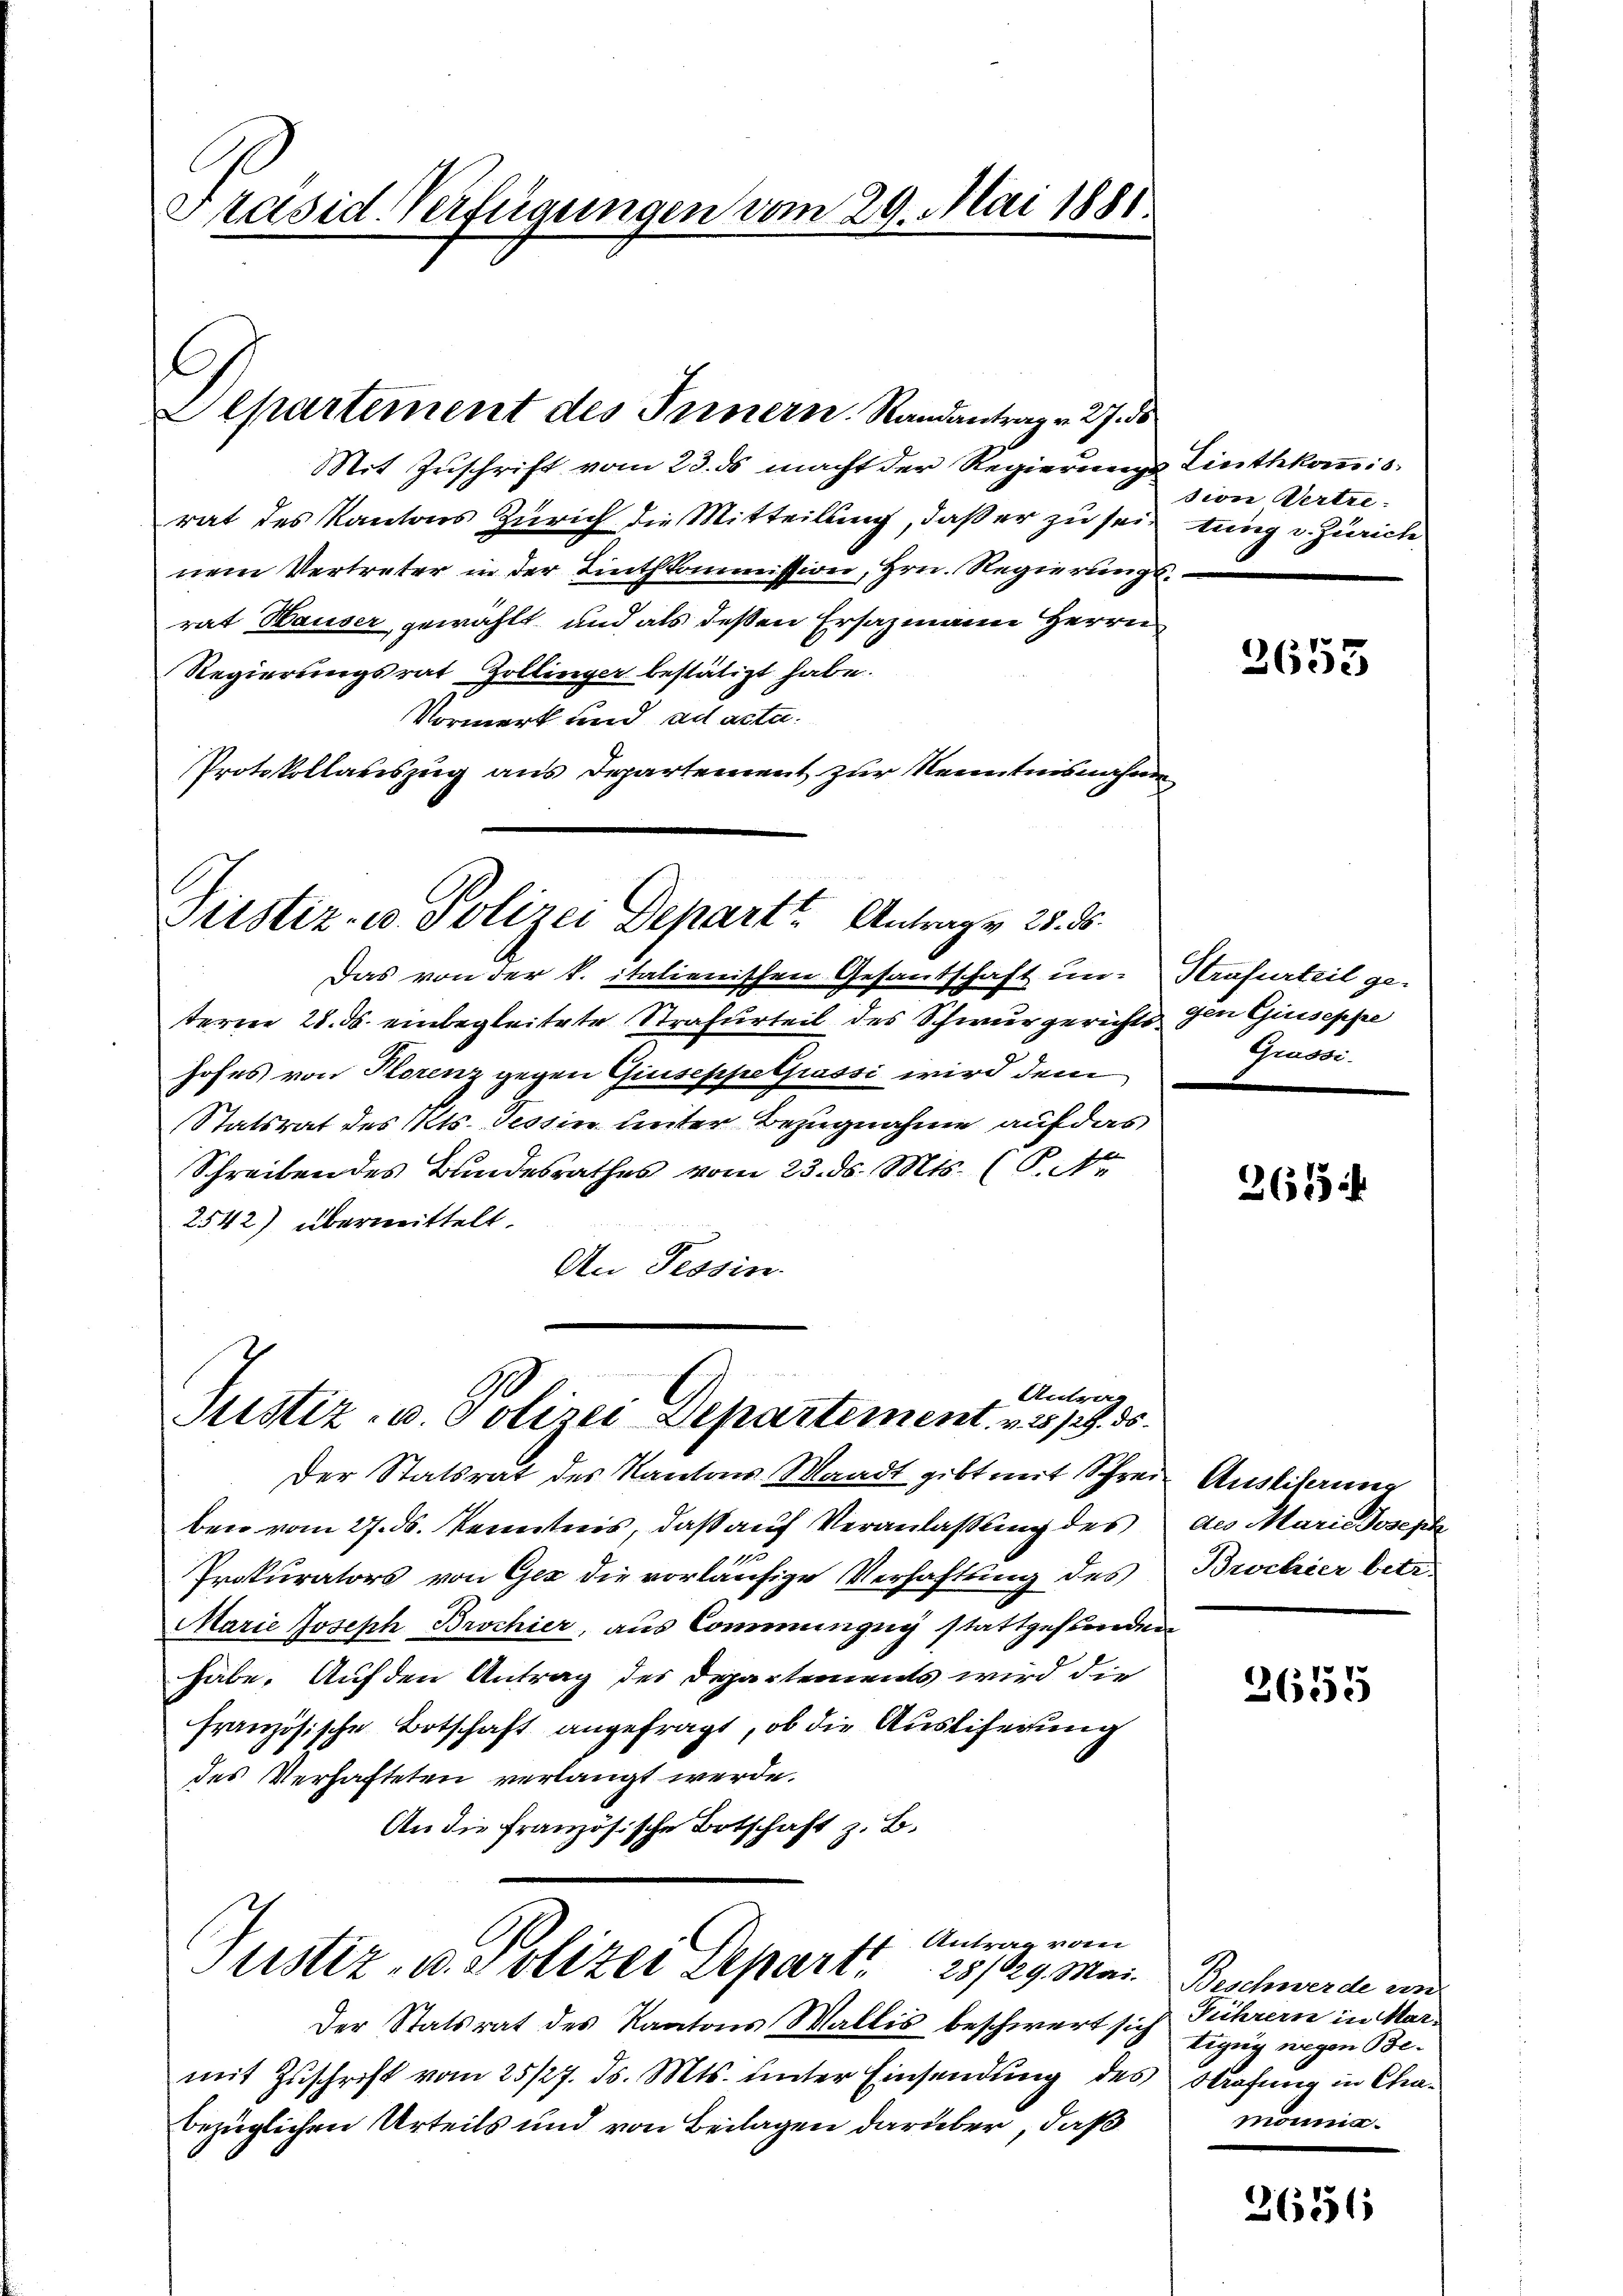
Präsid. Verfügungen vom 29. Mai 1881.

l
Departement des Innern. Randantrag v. 27. ds

it Zuschrift vom 23. ds macht der Regierungs Linthkommisrat des Kantons Zürich die Mitteilung, daß er zu sein tung v. Zürich
nem Vertreter in der Linthkommission, Hrn. Regierungsrat Hauser gewählt und als deßen Ersazmann Herrn
Regierungsrat Zollinger bestätigt habe.
Vormerk und ad acta.
Protokollauszug aus Departement zur Kenntnisnahme

Das von der k. italienischen Gesandschaft un-
terne 28. ds. einbegleitete Strafurteil des Schwurgerichts den Giuseppe
hofes von Florenz gegen Giuseppelpassi wird dem
Statsrat des Kts. Tessin unter Bezugnahme auf das
Schreiben des Bundesrathes vom 23. ds. Mts. (P. Nr.
2542) übermittelt.
An Tessin.

Justiz- u Polizei Depart Antragen 25. ds.

Antrag
Justiz- u. Polizei Departement v. 31. 35.

Der Statsrat des Kantons Waadt gibt mit Schreie Auslihanne
ben vom 27. ds. Kenntnis, daß auf Veranlassung des
Prokurators von Ges die vorläufige Verhaftung des
Marie Joseph Brochier, aus Commungeg stattgefunden
habe. Auf den Antrag des Departements wird die
französische Botschaft angefragt, ob die Ausliferung
des Verhafteten verlangt werde.
An die französische Botschaft z. B.
17 Antrag vom
Justiz- u. Polizei Depart. 28/29. Mai. Beschwerde von
Der Statsrat des Kantons Wallis beschwert sich Führern in Marmit Zuschrift vom 25/27. ds. Mts. unter Einsendung des Strafung in Chabezüglichen Urteils und von Beilagen darüber, daß

sion Vertre-

2653

Strafurteil ge-
Grassi

261

des Marie Joseph
Brochier betr.

2655

tizug wegen Bemoniia.

3621